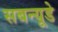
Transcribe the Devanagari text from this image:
सबन्यूडे